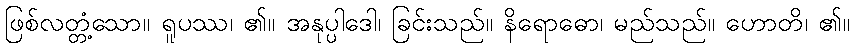
ဖြစ်လတ္တံ့သော။ ရူပဿ၊ ၏။ အနုပ္ပါဒေါ၊ ခြင်းသည်။ နိရောဓော၊ မည်သည်။ ဟောတိ၊ ၏။